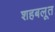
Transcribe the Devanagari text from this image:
शहबलूत